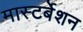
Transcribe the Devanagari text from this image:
मास्टर्बेशन